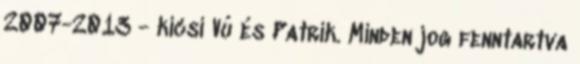
2007-2013 - kicsi Vú és Patrik. Minden jog fenntartva